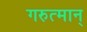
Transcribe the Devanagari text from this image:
गरुत्मान्